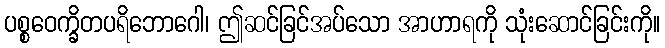
ပစ္စဝေက္ခိတပရိဘောဂေါ၊ ဤဆင်ခြင်အပ်သော အာဟာရကို သုံးဆောင်ခြင်းကို။